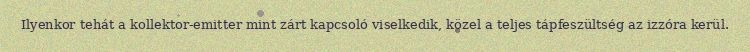
Ilyenkor tehát a kollektor-emitter mint zárt kapcsoló viselkedik, közel a teljes tápfeszültség az izzóra kerül.